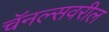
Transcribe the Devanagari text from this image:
चॅनल्सवरील